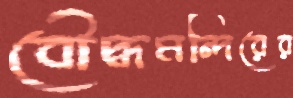
বৌদ্ধমন্দিরের